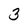
Character: 3